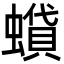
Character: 蟘